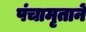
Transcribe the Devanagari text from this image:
पंचामृतानें